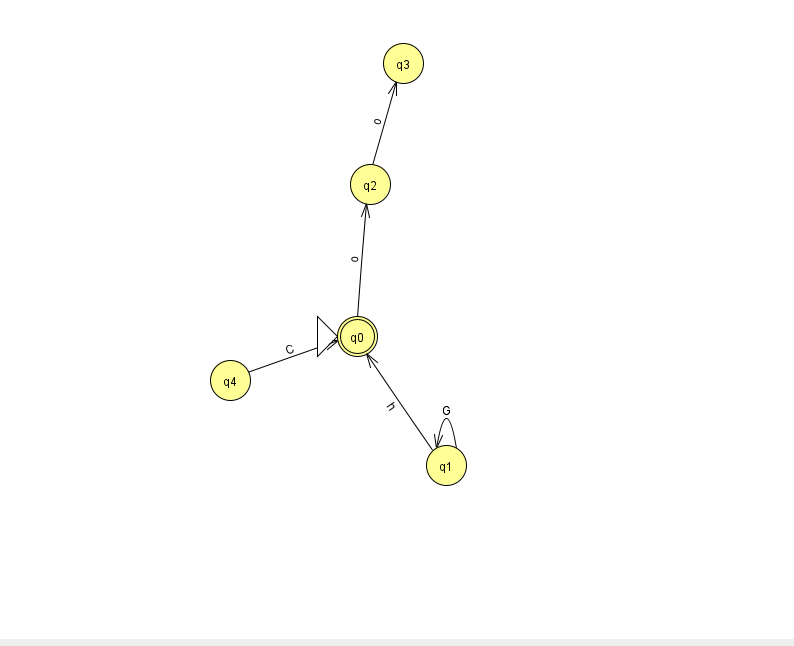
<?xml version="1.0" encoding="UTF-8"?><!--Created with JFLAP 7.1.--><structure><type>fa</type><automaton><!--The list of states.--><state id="0" name="q0"><x>357.0</x><y>323.0</y><initial/><final/></state><state id="1" name="q1"><x>446.0</x><y>452.0</y></state><state id="2" name="q2"><x>370.0</x><y>171.0</y></state><state id="3" name="q3"><x>403.0</x><y>50.0</y></state><state id="4" name="q4"><x>230.0</x><y>367.0</y></state><!--The list of transitions.--><transition><from>4</from><to>0</to><read>C</read></transition><transition><from>1</from><to>1</to><read>G</read></transition><transition><from>2</from><to>3</to><read>o</read></transition><transition><from>0</from><to>2</to><read>o</read></transition><transition><from>1</from><to>0</to><read>h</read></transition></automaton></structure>